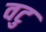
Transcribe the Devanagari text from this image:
वटु